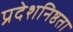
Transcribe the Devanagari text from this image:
प्रदेशनिष्ठता